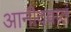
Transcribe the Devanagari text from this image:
आनीदवातं